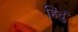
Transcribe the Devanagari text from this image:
हिंदुं